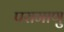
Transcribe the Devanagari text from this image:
परामाणु